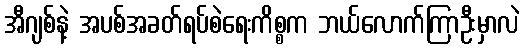
အီဂျစ်နဲ့ အပစ်အခတ်ရပ်စဲရေးကိစ္စက ဘယ်လောက်ကြာဦးမှာလဲ